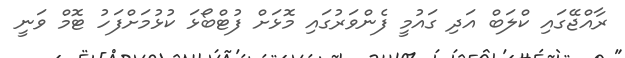
ރާއްޖޭގައި ކްލަބް އަދި ގައުމީ ފެންވަރުގައި މޮޅަށް ފުޓްބޯޅަ ކުޅުމަށްފަހު ޓޮމް ވަނީ